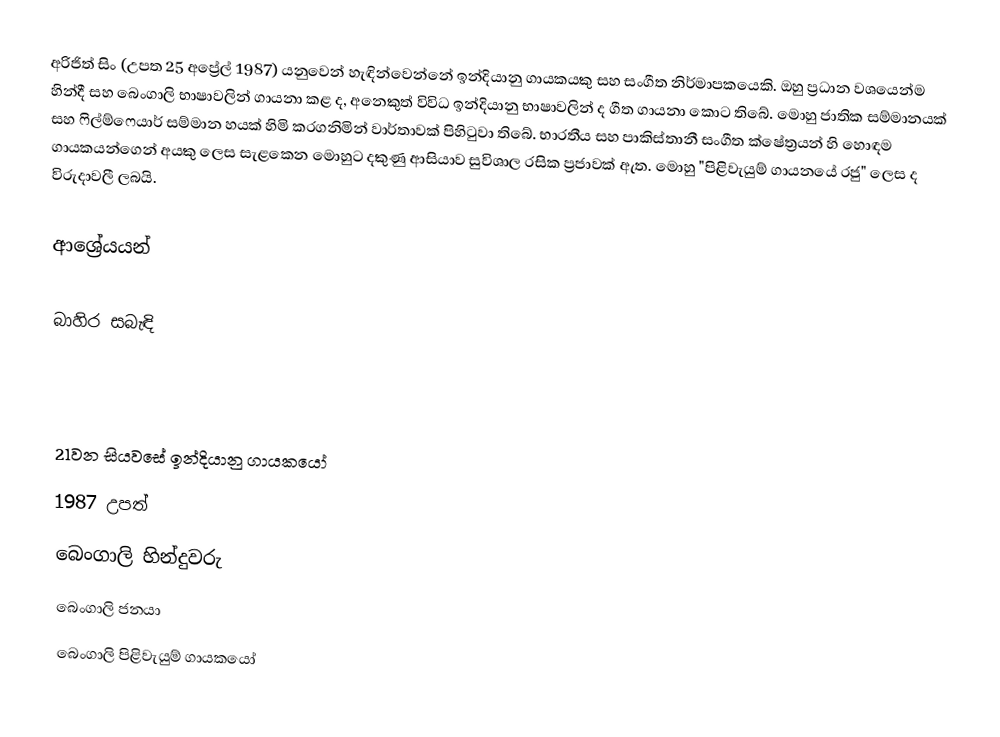
අරිජිත් සිං (උපත 25 අප්‍රේල් 1987) ‍යනුවෙන් හැඳින්වෙන්නේ ඉන්දියානු ගායකයකු සහ සංගීත නිර්මාපකයෙකි. ඔහු ප්‍රධාන වශයෙන්ම හින්දී සහ බෙංගාලි භාෂාවලින් ගායනා කළ ද, අනෙකුත් විවිධ ඉන්දියානු භාෂාවලින් ද ගීත ගායනා කොට තිබේ. මොහු ජාතික සම්මානයක් සහ ෆිල්ම්ෆෙයාර් සම්මාන හයක් හිමි කරගනිමින් වාර්තාවක් පිහිටුවා තිබේ. භාරතීය සහ පාකිස්තානී සංගීත ක්ෂේත්‍රයන් හි හොඳම ගායකයන්ගෙන් අයකු ලෙස සැළකෙන මොහුට දකුණු ආසියාව සුවිශාල රසික ප්‍රජාවක් ඇත. මොහු "පිළිවැයුම් ගායනයේ රජු" ලෙස ද විරුදාවලී ලබයි.

ආශ්‍රේයයන්

බාහිර සබැඳි

21වන සියවසේ ඉන්දියානු ගායකයෝ
1987 උපත්
බෙංගාලි හින්දුවරු
බෙංගාලි ජනයා
බෙංගාලි පිළිවැයුම් ගායකයෝ